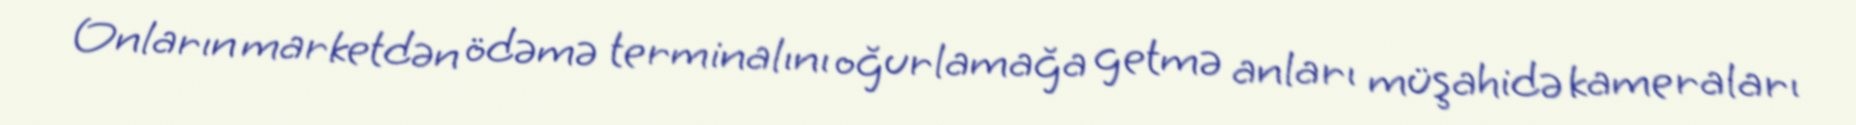
Onların marketdən ödəmə terminalını oğurlamağa getmə anları müşahidə kameraları